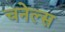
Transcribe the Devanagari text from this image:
चनेल्स